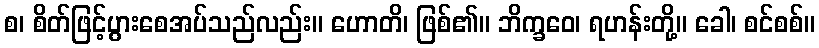
စ၊ စိတ်ဖြင့်ပွားစေအပ်သည်လည်း။ ဟောတိ၊ ဖြစ်၏။ ဘိက္ခဝေ၊ ရဟန်းတို့။ ခေါ၊ စင်စစ်။